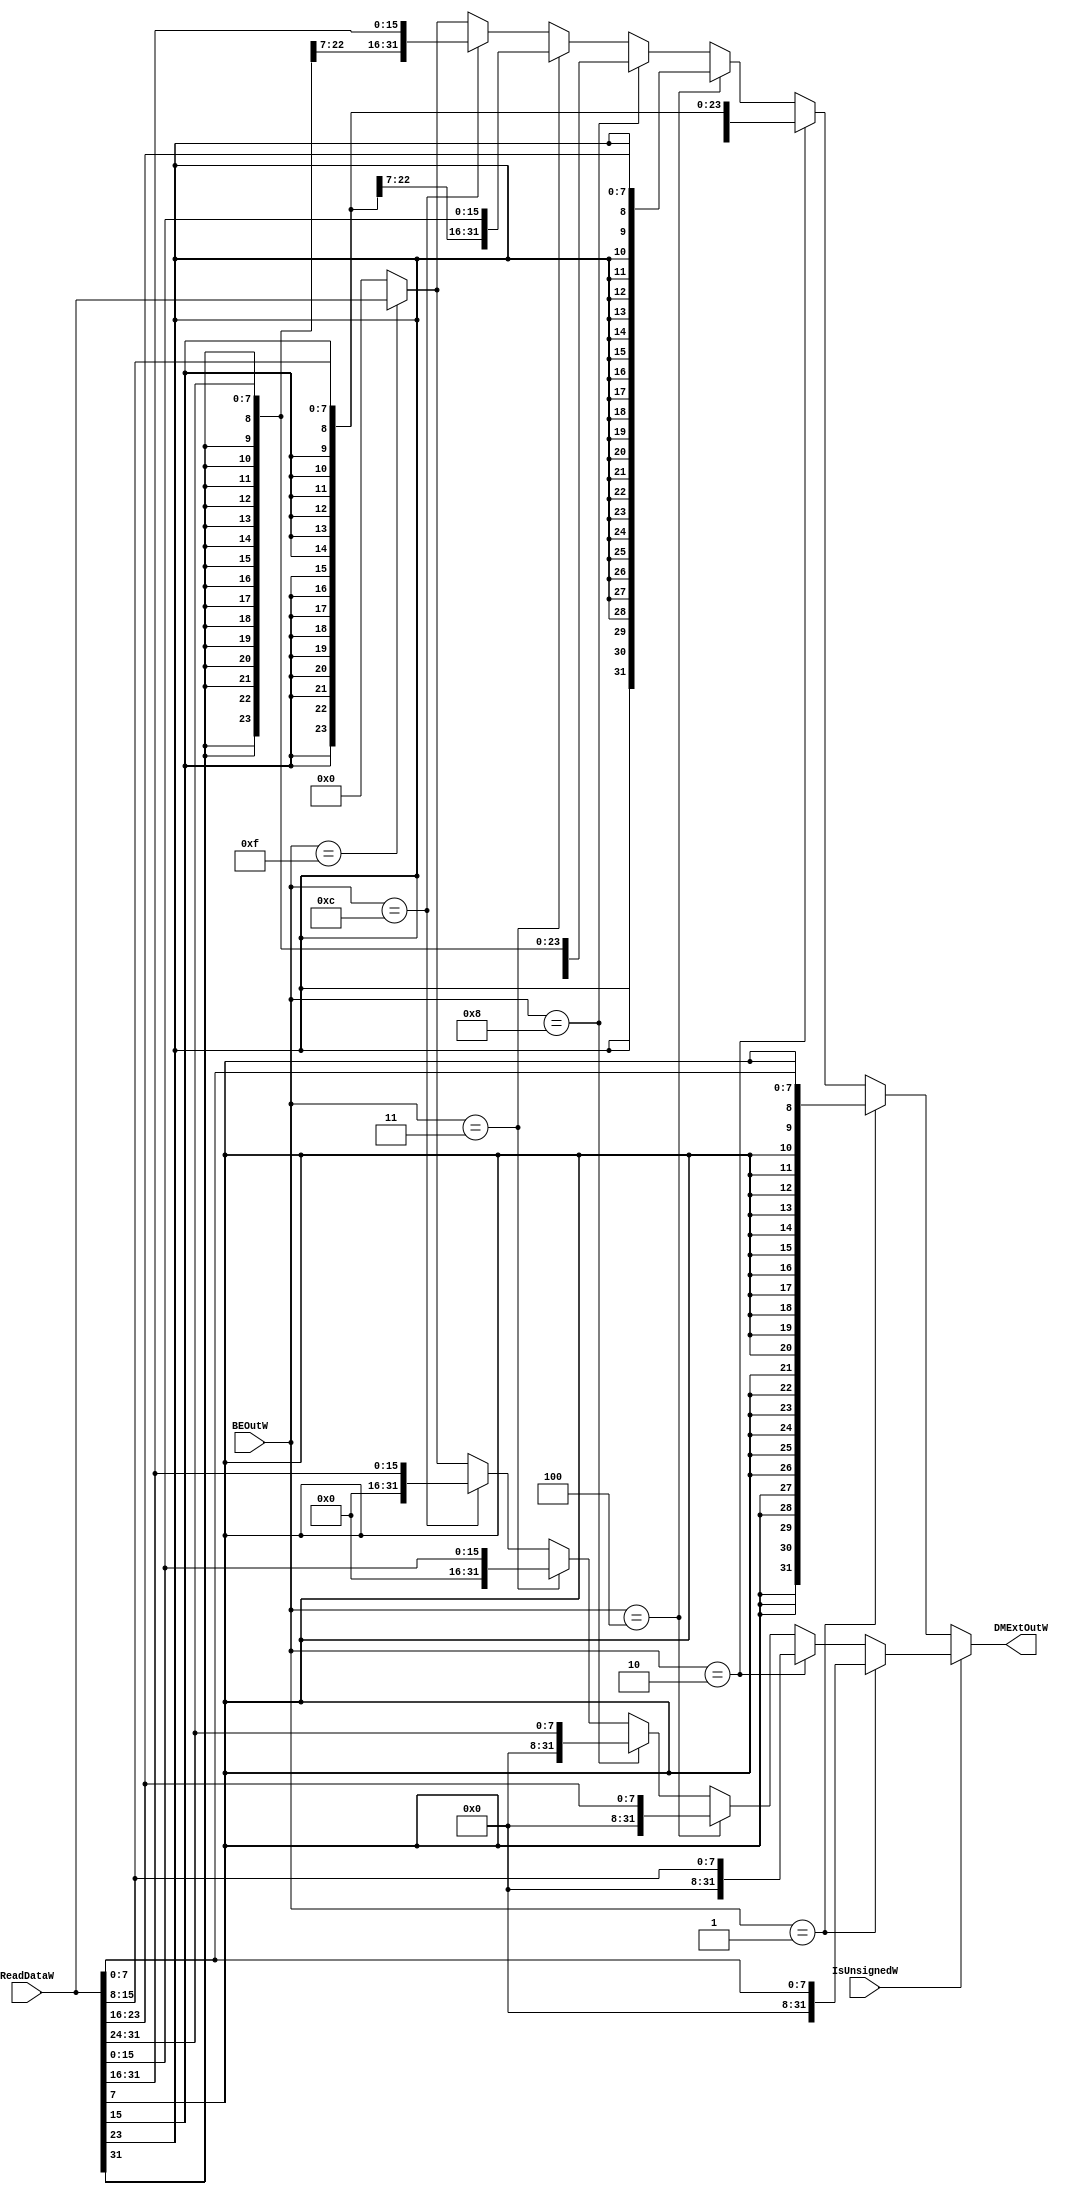
module DMExt(
  input   [31:0]  ReadDataW,
  input   [3:0]   BEOutW,
  input           IsUnsignedW,
  output  [31:0]  DMExtOutW
  );
  
  assign DMExtOutW = (IsUnsignedW) ?
                     (
                       (BEOutW == 4'b0001) ? {24'b0, ReadDataW[7:0]}   :
                       (BEOutW == 4'b0010) ? {24'b0, ReadDataW[15:8]}  :
                       (BEOutW == 4'b0100) ? {24'b0, ReadDataW[23:16]} :
                       (BEOutW == 4'b1000) ? {24'b0, ReadDataW[31:24]} :
                       (BEOutW == 4'b0011) ? {16'b0, ReadDataW[15:0]}  :
                       (BEOutW == 4'b1100) ? {16'b0, ReadDataW[31:16]} :
                       (BEOutW == 4'b1111) ? ReadDataW                 : 32'b0
                     ) :
                     (
                       (BEOutW == 4'b0001) ? {{24{ReadDataW[7]}}, ReadDataW[7:0]}    :
                       (BEOutW == 4'b0010) ? {{24{ReadDataW[15]}}, ReadDataW[15:8]}  :
                       (BEOutW == 4'b0100) ? {{24{ReadDataW[23]}}, ReadDataW[23:16]} :
                       (BEOutW == 4'b1000) ? {{24{ReadDataW[31]}}, ReadDataW[31:24]} :
                       (BEOutW == 4'b0011) ? {{24{ReadDataW[15]}}, ReadDataW[15:0]}  :
                       (BEOutW == 4'b1100) ? {{24{ReadDataW[31]}}, ReadDataW[31:16]} :
                       (BEOutW == 4'b1111) ? ReadDataW                               : 32'b0
                     );
  
endmodule